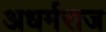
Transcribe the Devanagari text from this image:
अधर्मराज